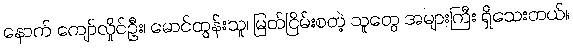
နောက် ကျော်လှိုင်ဦး၊ မောင်ထွန်းသူ၊ မြတ်ငြိမ်းစတဲ့ သူတွေ အများကြီး ရှိသေးတယ်။